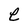
Character: e